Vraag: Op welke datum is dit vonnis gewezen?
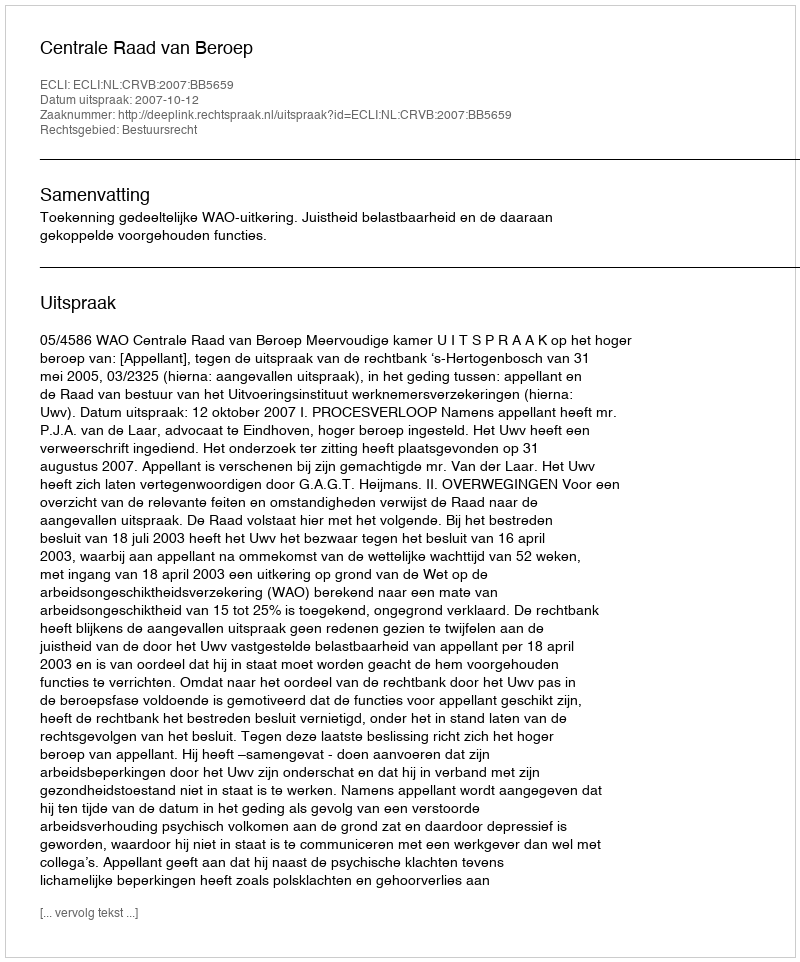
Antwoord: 2007-10-12